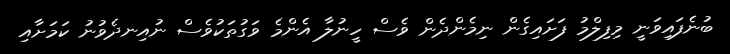
ބުނެފައިވަނީ މިފިލްމު ފަށައިގެން ނިމެންދެން ވެސް ހީނުލާ އެންމެ ވަގުތަކުވެސް ނުއިނދެވުނު ކަމަށާއި